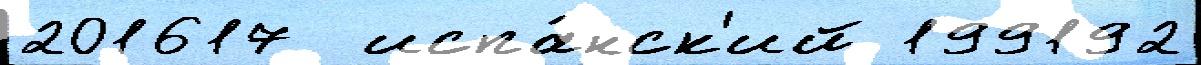
201617  испа́нск'ий 199192